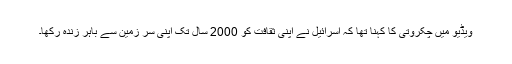
ویڈیو میں چکروتی کا کہنا تھا کہ اسرائیل نے اپنی ثقافت کو 2000 سال تک اپنی سر زمین سے باہر زندہ رکھا۔